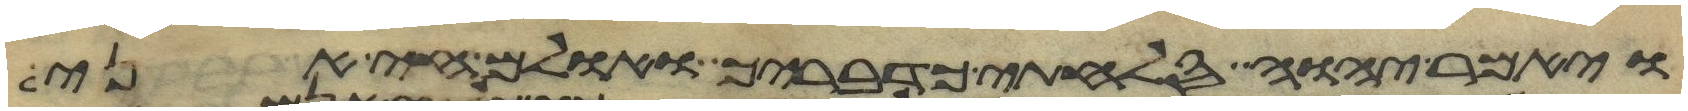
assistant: ויאמר יהוה סלחתי כדבריך ואולם חי אני